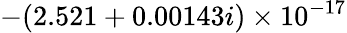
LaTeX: -(2.521+0.00143i)\times 10^{-17}